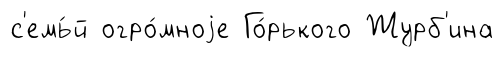
с'емь́й огро́мноjе Го́рького Журб'ина